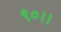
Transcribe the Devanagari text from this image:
९०।।